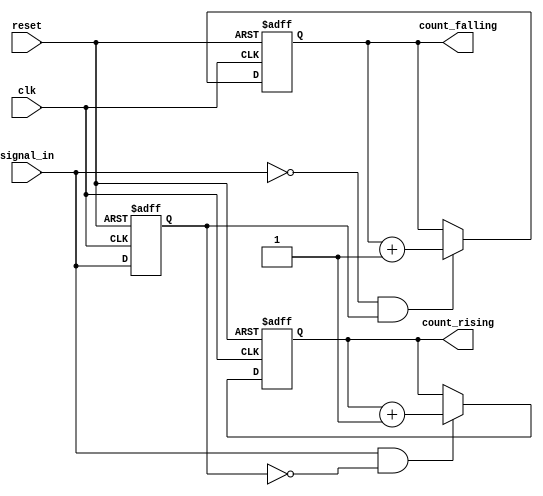
module edge_counter (
    input wire clk,              // Clock input
    input wire reset,            // Asynchronous reset
    input wire signal_in,        // Input signal to detect edges
    output reg [31:0] count_rising,   // Count of rising edges
    output reg [31:0] count_falling   // Count of falling edges
);

    reg signal_in_prev;          // Register to hold the previous state of signal_in

    // Asynchronous reset and edge detection on clock rising edge
    always @(posedge clk or posedge reset) begin
        if (reset) begin
            count_rising <= 32'b0;   // Reset rising edge count
            count_falling <= 32'b0;  // Reset falling edge count
            signal_in_prev <= 1'b0;   // Initialize previous signal state
        end else begin
            // Edge detection logic
            if (signal_in && !signal_in_prev) begin
                count_rising <= count_rising + 1; // Increment rising edge count
            end
            if (!signal_in && signal_in_prev) begin
                count_falling <= count_falling + 1; // Increment falling edge count
            end
            // Update the previous state
            signal_in_prev <= signal_in;
        end
    end

endmodule